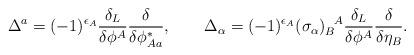
LaTeX: \begin{align*}\Delta^a = (-1)^{\epsilon_A} \frac{\delta_L}{\delta \phi^A}\frac{\delta}{\delta \phi^*_{A a}}, \qquad\Delta_\alpha = (-1)^{\epsilon_A} (\sigma_\alpha)_B^{~~\!A} \frac{\delta_L}{\delta \phi^A}\frac{\delta}{\delta \eta_B}.\end{align*}